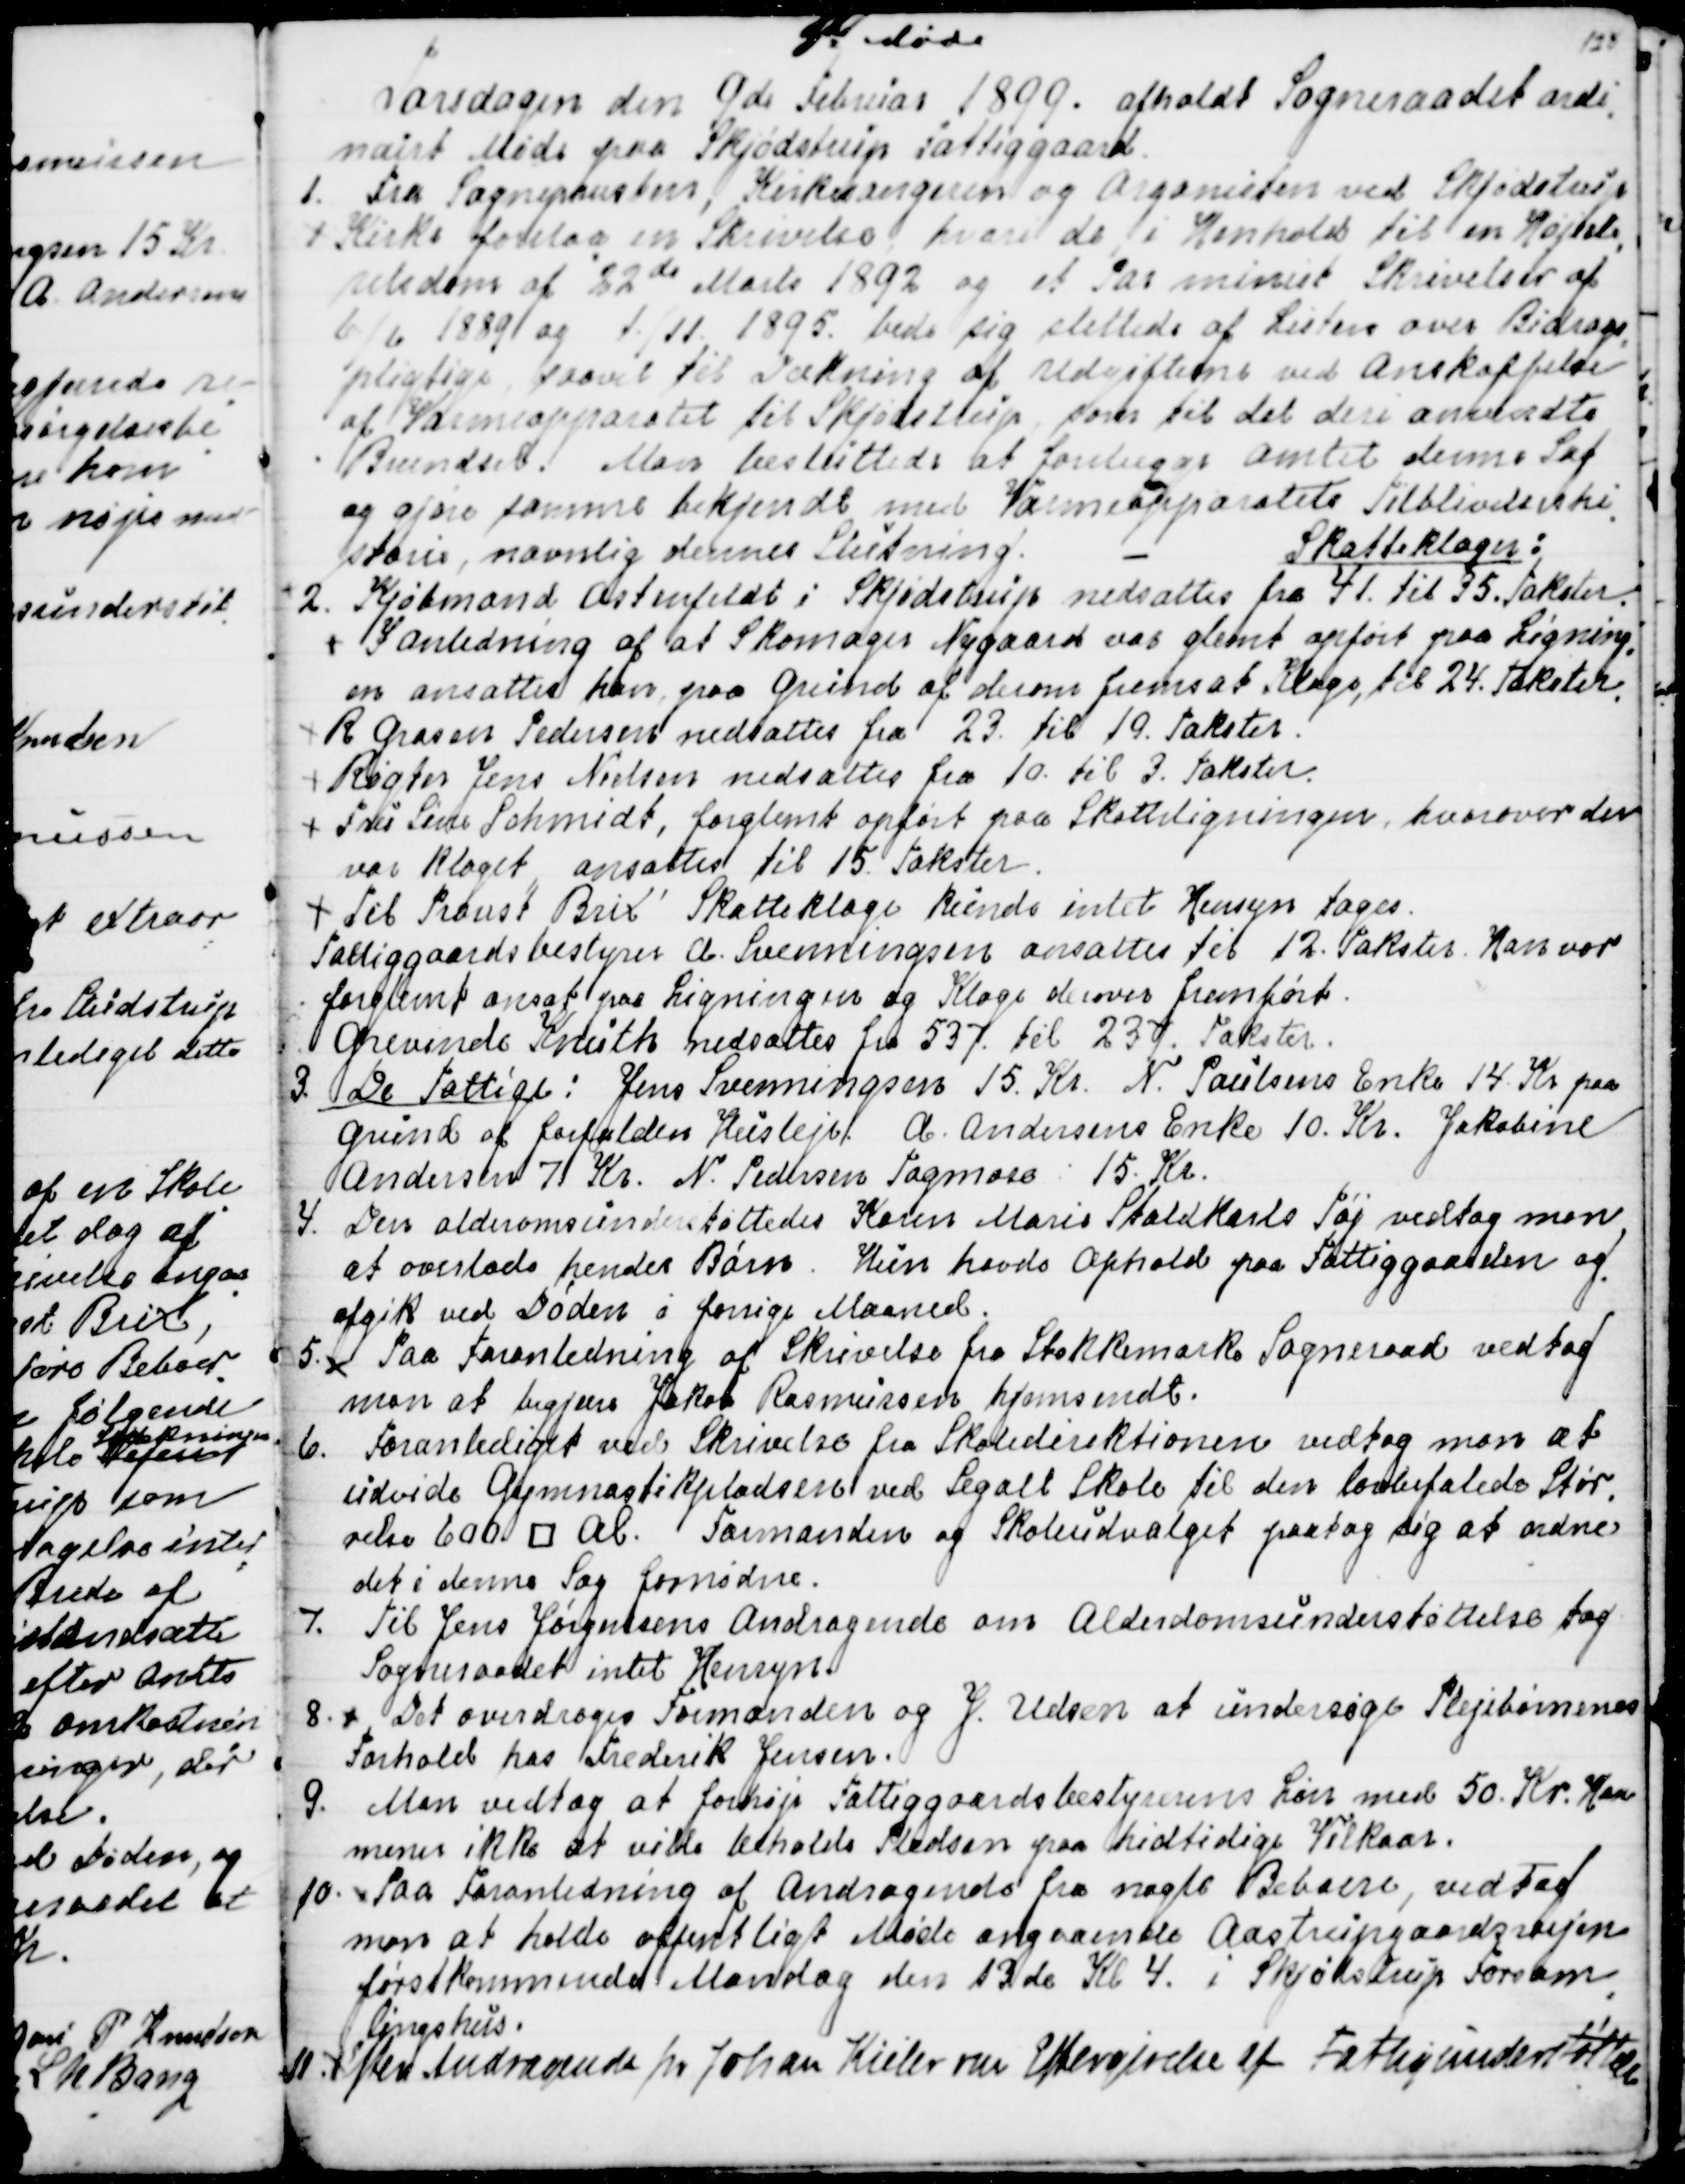
Transskription:
3die Møde
Torsdagen den 9de Februar 1899 afholdt Sogneraadet ordi
=
nairt Møde paa Skjødstrup Fattiggaard. 
1.  Fra Sognepræsten, Kirkesangeren og Organisten ved Skjødstrup
Kirke forelaa en Skrivelse, hvori de i Henhold til en Højeste
=
retsdom af 22de Marts 1892 og et Par minist Skrivelser af
6/6 1889 og 1/11 1895. bede sig slettede af Listen over Bidrags
=
pligtige saavel til Dækning af Udgifterne ved Anskaffelse
af Varmeapparatet til Skjødstrup som til det deri anvendte
Brændsel. Man besluttede at forelægge Amtet denne Sag
og gjøre samme bekjendt med Varmeapparatets Tilblivelseshi
=
storie, navnlig dennes Slutning. 
Skatteklager:
2. Kjøbmand Ostenfeldt i Skjødstrup nedsattes fra 41. til 35. Takster.
I Anledning af at Skomager Nygaard var glemt opført paa Ligning
=
en ansattes han paa Grund af derom fremsat Klage til 24. Takster.
.
R. Grosen Pedersen nedsattes fra 23. til 19. Takster.
Røgter Jens Nielsen nedsattes fra 10. til 3. Takster.
Fru Sine Schmidt, forglemt opført paa Skatteligningen, hvorover der 
var klaget, ansattes til 15. Takster.
Til Provst Brix' Skatteklage kunde intet Hensyn tages.
Fattiggaardsbestyrer A. Svenningsen ansattes til 12. Takster. Han var
forglemt ansat paa Ligningen og Klage derover fremført.
Grevinde Knuth nedsættes fra 537. til 237. Takster.
3. De Fattige: Jens Svenningsen 15. Kr. N. Poulsens Enke 14. Kr paa
Grund af forfalden Husleje. A. Andersens Enke 10. Kr. Jakobine
Andersen 7 Kr. N. Pedersen Tagmose: 15. Kr.
4. Den Aldersomsunderstøttedes Karen Marie Staldkarls Tøj vedtog man
at overlade hendes Børn. Hun havde Ophold paa Fattiggaarden og
afgik ved Døden i forrige Maaned.
5.
Paa Foranledning af Skrivelse fra Stokkemarke Sogneraad vedtog
man at begjære Jakob Rasmussen hjemsendt.
6. Foranlediget ved Skrivelse fra Skoledirektionen vedtog man at
udvide Gymnastikpladsen ved Segalt Skole til den lovbefalede Stør
=
relse 600. □ Al. Formanden og Skoleudvalget paatog sig at ordne
det i denne Sag fornødne.
7. Til Jens Jørgensens Andragende om Alderdomsunderstøttelse tog
Sogneraadet intet Hensyn.
8.
Det overdroges Formanden og J. Udsen at undersøge Plejebørnenes 
Forhold hos Frederik Jensen.
9.  Man vedtog at forhøje Fattiggaardsbestyrerens Løn med 50. Kr. Han
menes ikke at vilde beholde Pladsen paa hidtidige Vilkaar.
10. Paa Foranledning af Andragende fra nogle Beboere, vedtog
man at holde offentligt Møde angaaende Aastrupgaardsvejen
førstkommende Mandag den 13de Kl 4. i Skjødstrup Forsam
=
lingshus.
11.
Efter Andragende fra Johan Kieler om Eftergivelse af Fattigunderstøttelse